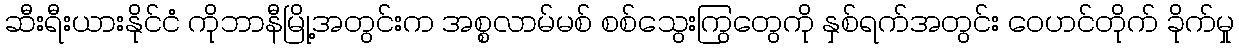
ဆီးရီးယားနိုင်ငံ ကိုဘာနီမြို့အတွင်းက အစ္စလာမ်မစ် စစ်သွေးကြွတွေကို နှစ်ရက်အတွင်း ဝေဟင်တိုက် ခိုက်မှု